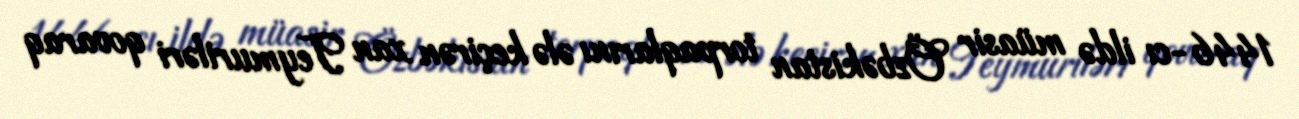
1446-cı ildə müasir Özbəkistan torpaqlarını ələ keçirən xan Teymuriləri qovaraq